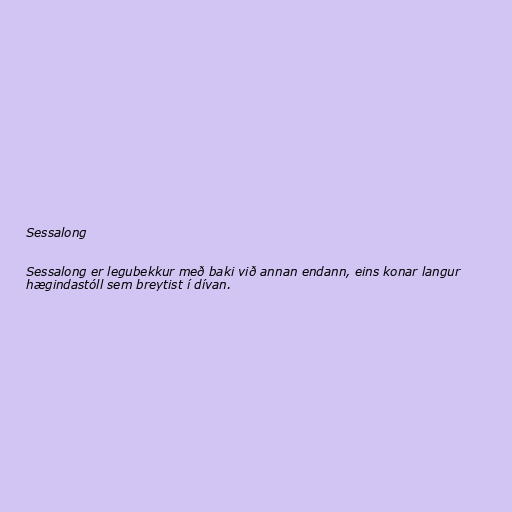
Sessalong

Sessalong er legubekkur með baki við annan endann, eins konar langur
hægindastóll sem breytist í dívan.